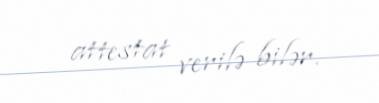
attestat verilə bilər.